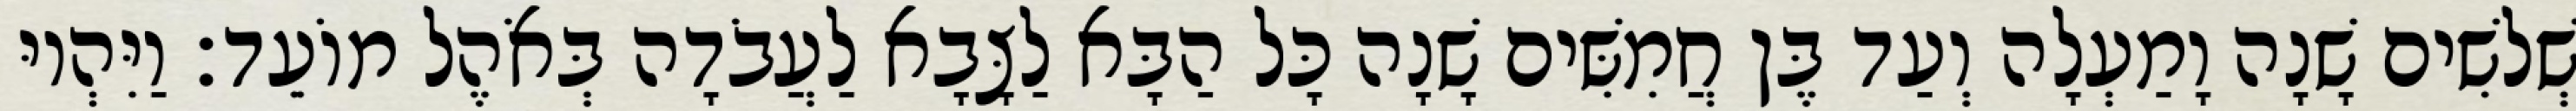
שְׁלשִׁים שָׁנָה וָמַעְלָה וְעַד בֶּן חֲמִשִּׁים שָׁנָה כָּל הַבָּא לַצָּבָא לַעֲבֹדָה בְּאֹהֶל מוֹעֵד׃ וַיִּהְיוּ